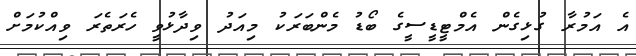
އެ އަމުރާ ގުޅިގެން އެމްޓީޑީސީގެ ބޯޑު މެންބަރަކު މިއަދު ވިދާޅުވީ ހެރަތެރަ ވިއްކުމަށް